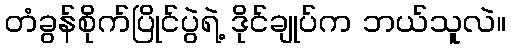
တံခွန်စိုက်ပြိုင်ပွဲရဲ့ ဒိုင်ချုပ်က ဘယ်သူလဲ။